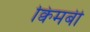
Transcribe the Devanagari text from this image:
क्विमबी